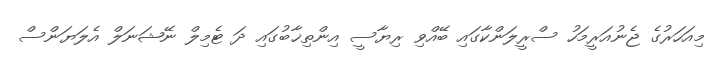
މިއަހަރުގެ ޖެނުއަރީމަހު ސްރީލަންކާގައި ބޭއްވި ރިޔާސީ އިންތިޚާބުގައި ދަ ޓެމިލް ނޭޝަނަލް އެލަޔަންސް